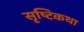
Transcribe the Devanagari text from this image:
सृष्टिकथा